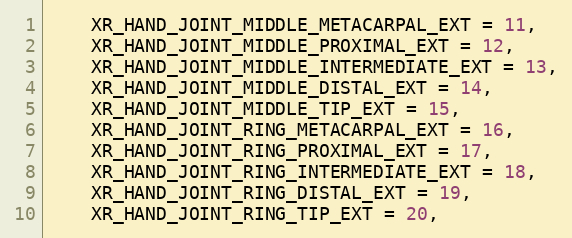
Language: C
    XR_HAND_JOINT_MIDDLE_METACARPAL_EXT = 11,
    XR_HAND_JOINT_MIDDLE_PROXIMAL_EXT = 12,
    XR_HAND_JOINT_MIDDLE_INTERMEDIATE_EXT = 13,
    XR_HAND_JOINT_MIDDLE_DISTAL_EXT = 14,
    XR_HAND_JOINT_MIDDLE_TIP_EXT = 15,
    XR_HAND_JOINT_RING_METACARPAL_EXT = 16,
    XR_HAND_JOINT_RING_PROXIMAL_EXT = 17,
    XR_HAND_JOINT_RING_INTERMEDIATE_EXT = 18,
    XR_HAND_JOINT_RING_DISTAL_EXT = 19,
    XR_HAND_JOINT_RING_TIP_EXT = 20,